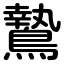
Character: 鷙